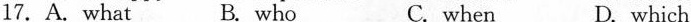
17. A.What B. who C. when D. which